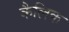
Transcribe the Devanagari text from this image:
कैलिक